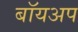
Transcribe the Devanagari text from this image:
बॉयअप